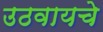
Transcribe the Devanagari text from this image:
उठवायचे